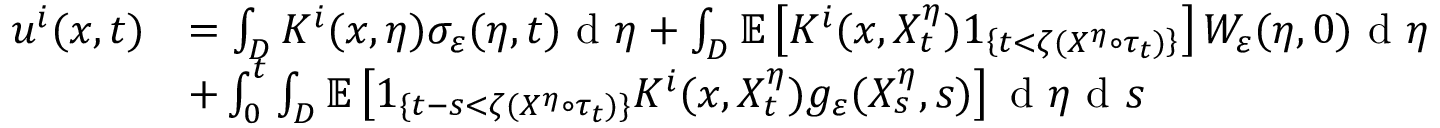
\begin{array} { r l } { u ^ { i } ( x , t ) } & { = \int _ { D } K ^ { i } ( x , \eta ) \sigma _ { \varepsilon } ( \eta , t ) \textrm { d } \eta + \int _ { D } \mathbb { E } \left[ K ^ { i } ( x , X _ { t } ^ { \eta } ) 1 _ { \left\{ t < \zeta ( X ^ { \eta } \circ \tau _ { t } ) \right\} } \right] W _ { \varepsilon } ( \eta , 0 ) \textrm { d } \eta } \\ & { + \int _ { 0 } ^ { t } \int _ { D } \mathbb { E } \left[ 1 _ { \{ t - s < \zeta ( X ^ { \eta } \circ \tau _ { t } ) \} } K ^ { i } ( x , X _ { t } ^ { \eta } ) g _ { \varepsilon } ( X _ { s } ^ { \eta } , s ) \right] \textrm { d } \eta \textrm { d } s } \end{array}